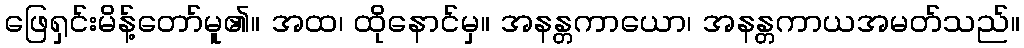
ဖြေရှင်းမိန့်တော်မူ၏။ အထ၊ ထိုနောင်မှ။ အနန္တကာယော၊ အနန္တကာယအမတ်သည်။